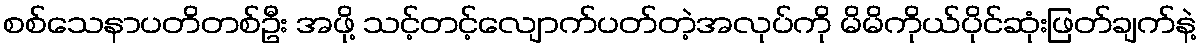
စစ်သေနာပတိတစ်ဦး အဖို့ သင့်တင့်လျောက်ပတ်တဲ့အလုပ်ကို မိမိကိုယ်ပိုင်ဆုံးဖြတ်ချက်နဲ့